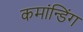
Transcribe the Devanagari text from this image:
कमांन्डिंग